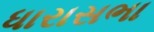
ધારાસભા